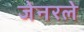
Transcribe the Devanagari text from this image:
जेनरले